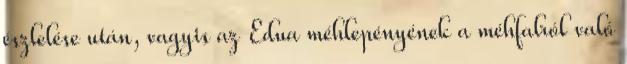
észlelése után, vagyis az Edua méhlepényének a méhfalról való